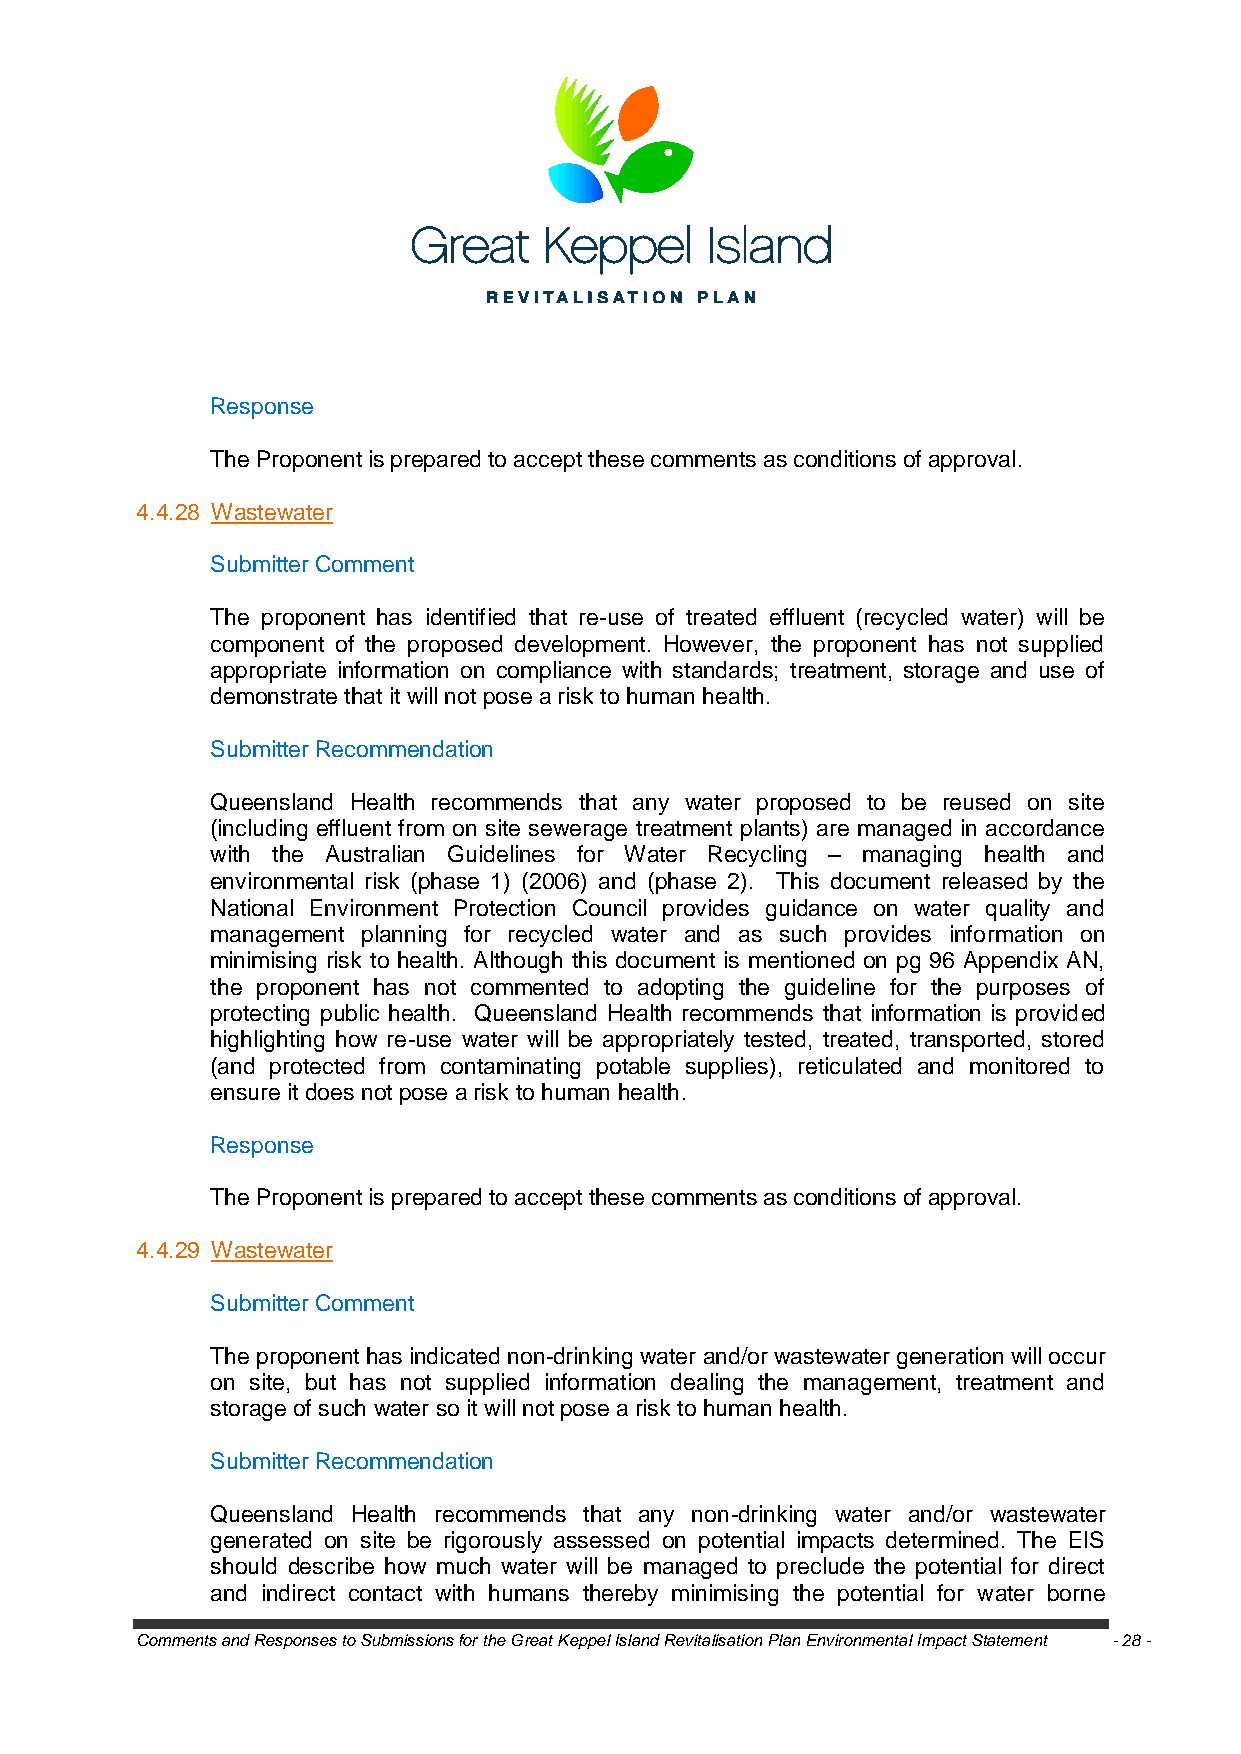
Response
 The Proponent is prepared to accept these comments as conditions of approval.
 4.4.28 Wastewater
 Submitter Comment
 The proponent has identified that re-use of treated effluent (recycled water) will be
 component of the proposed development. However, the proponent has not supplied
 appropriate information on compliance with standards; treatment, storage and use of
 demonstrate that it will not pose a risk to human health.
 Submitter Recommendation
 Queensland Health recommends that any water proposed to be reused on site
 (including effluent from on site sewerage treatment plants) are managed in accordance
 with the Australian Guidelines for Water Recycling – managing health and
 environmental risk (phase 1) (2006) and (phase 2). This document released by the
 National Environment Protection Council provides guidance on water quality and
 management planning for recycled water and as such provides information on
 minimising risk to health. Although this document is mentioned on pg 96 Appendix AN,
 the proponent has not commented to adopting the guideline for the purposes of
 protecting public health. Queensland Health recommends that information is provided
 highlighting how re-use water will be appropriately tested, treated, transported, stored
 (and protected from contaminating potable supplies), reticulated and monitored to
 ensure it does not pose a risk to human health.
 Response
 The Proponent is prepared to accept these comments as conditions of approval.
 4.4.29 Wastewater
 Submitter Comment
 The proponent has indicated non-drinking water and/or wastewater generation will occur
 on site, but has not supplied information dealing the management, treatment and
 storage of such water so it will not pose a risk to human health.
 Submitter Recommendation
 Queensland Health recommends that any non-drinking water and/or wastewater
 generated on site be rigorously assessed on potential impacts determined. The EIS
 should describe how much water will be managed to preclude the potential for direct
 and indirect contact with humans thereby minimising the potential for water borne
 Comments and Responses to Submissions for the Great Keppel Island Revitalisation Plan Environmental Impact Statement - 28 -